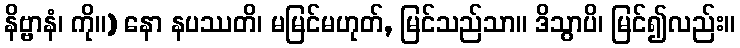
နိဗ္ဗာနံ၊ ကို။) နော နပဿတိ၊ မမြင်မဟုတ်, မြင်သည်သာ။ ဒိသွာပိ၊ မြင်၍လည်း။